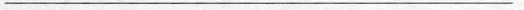
___